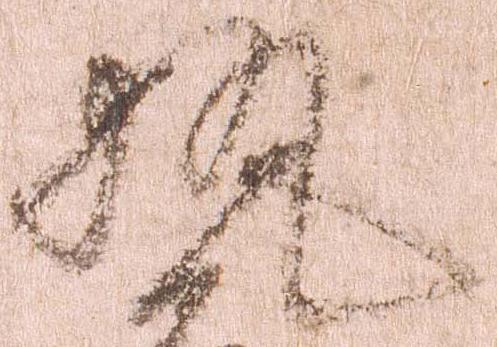
執